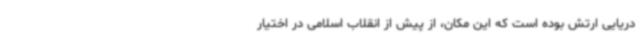
دریایی ارتش بوده است که این مکان، از پیش از انقلاب اسلامی در اختیار